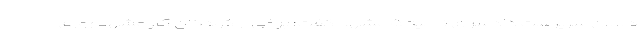
دلالان سرپرست دادسرای ناحیه ۵ مشهد گفت: برخی از کودکان کار مشهد روزی